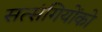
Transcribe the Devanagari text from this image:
सत्‍संगियोंको